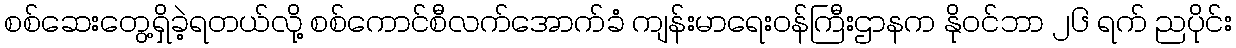
စစ်ဆေးတွေ့ရှိခဲ့ရတယ်လို့ စစ်ကောင်စီလက်အောက်ခံ ကျန်းမာရေးဝန်ကြီးဌာနက နိုဝင်ဘာ ၂၆ ရက် ညပိုင်း